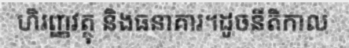
ហិរញ្ញវត្ថុ និងធនាគារ។ដូចនីតិកាល